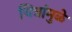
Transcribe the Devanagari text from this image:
चित्रांमुळे